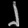
Digit: ၂